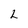
Character: L